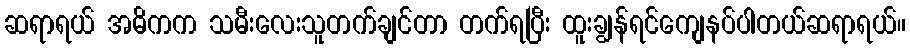
ဆရာရယ် အဓိကက သမီးလေးသူတက်ချင်တာ တက်ရပြီး ထူးချွန်ရင်ကျေနပ်ပါတယ်ဆရာရယ်။